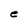
Character: e